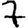
Digit: 7